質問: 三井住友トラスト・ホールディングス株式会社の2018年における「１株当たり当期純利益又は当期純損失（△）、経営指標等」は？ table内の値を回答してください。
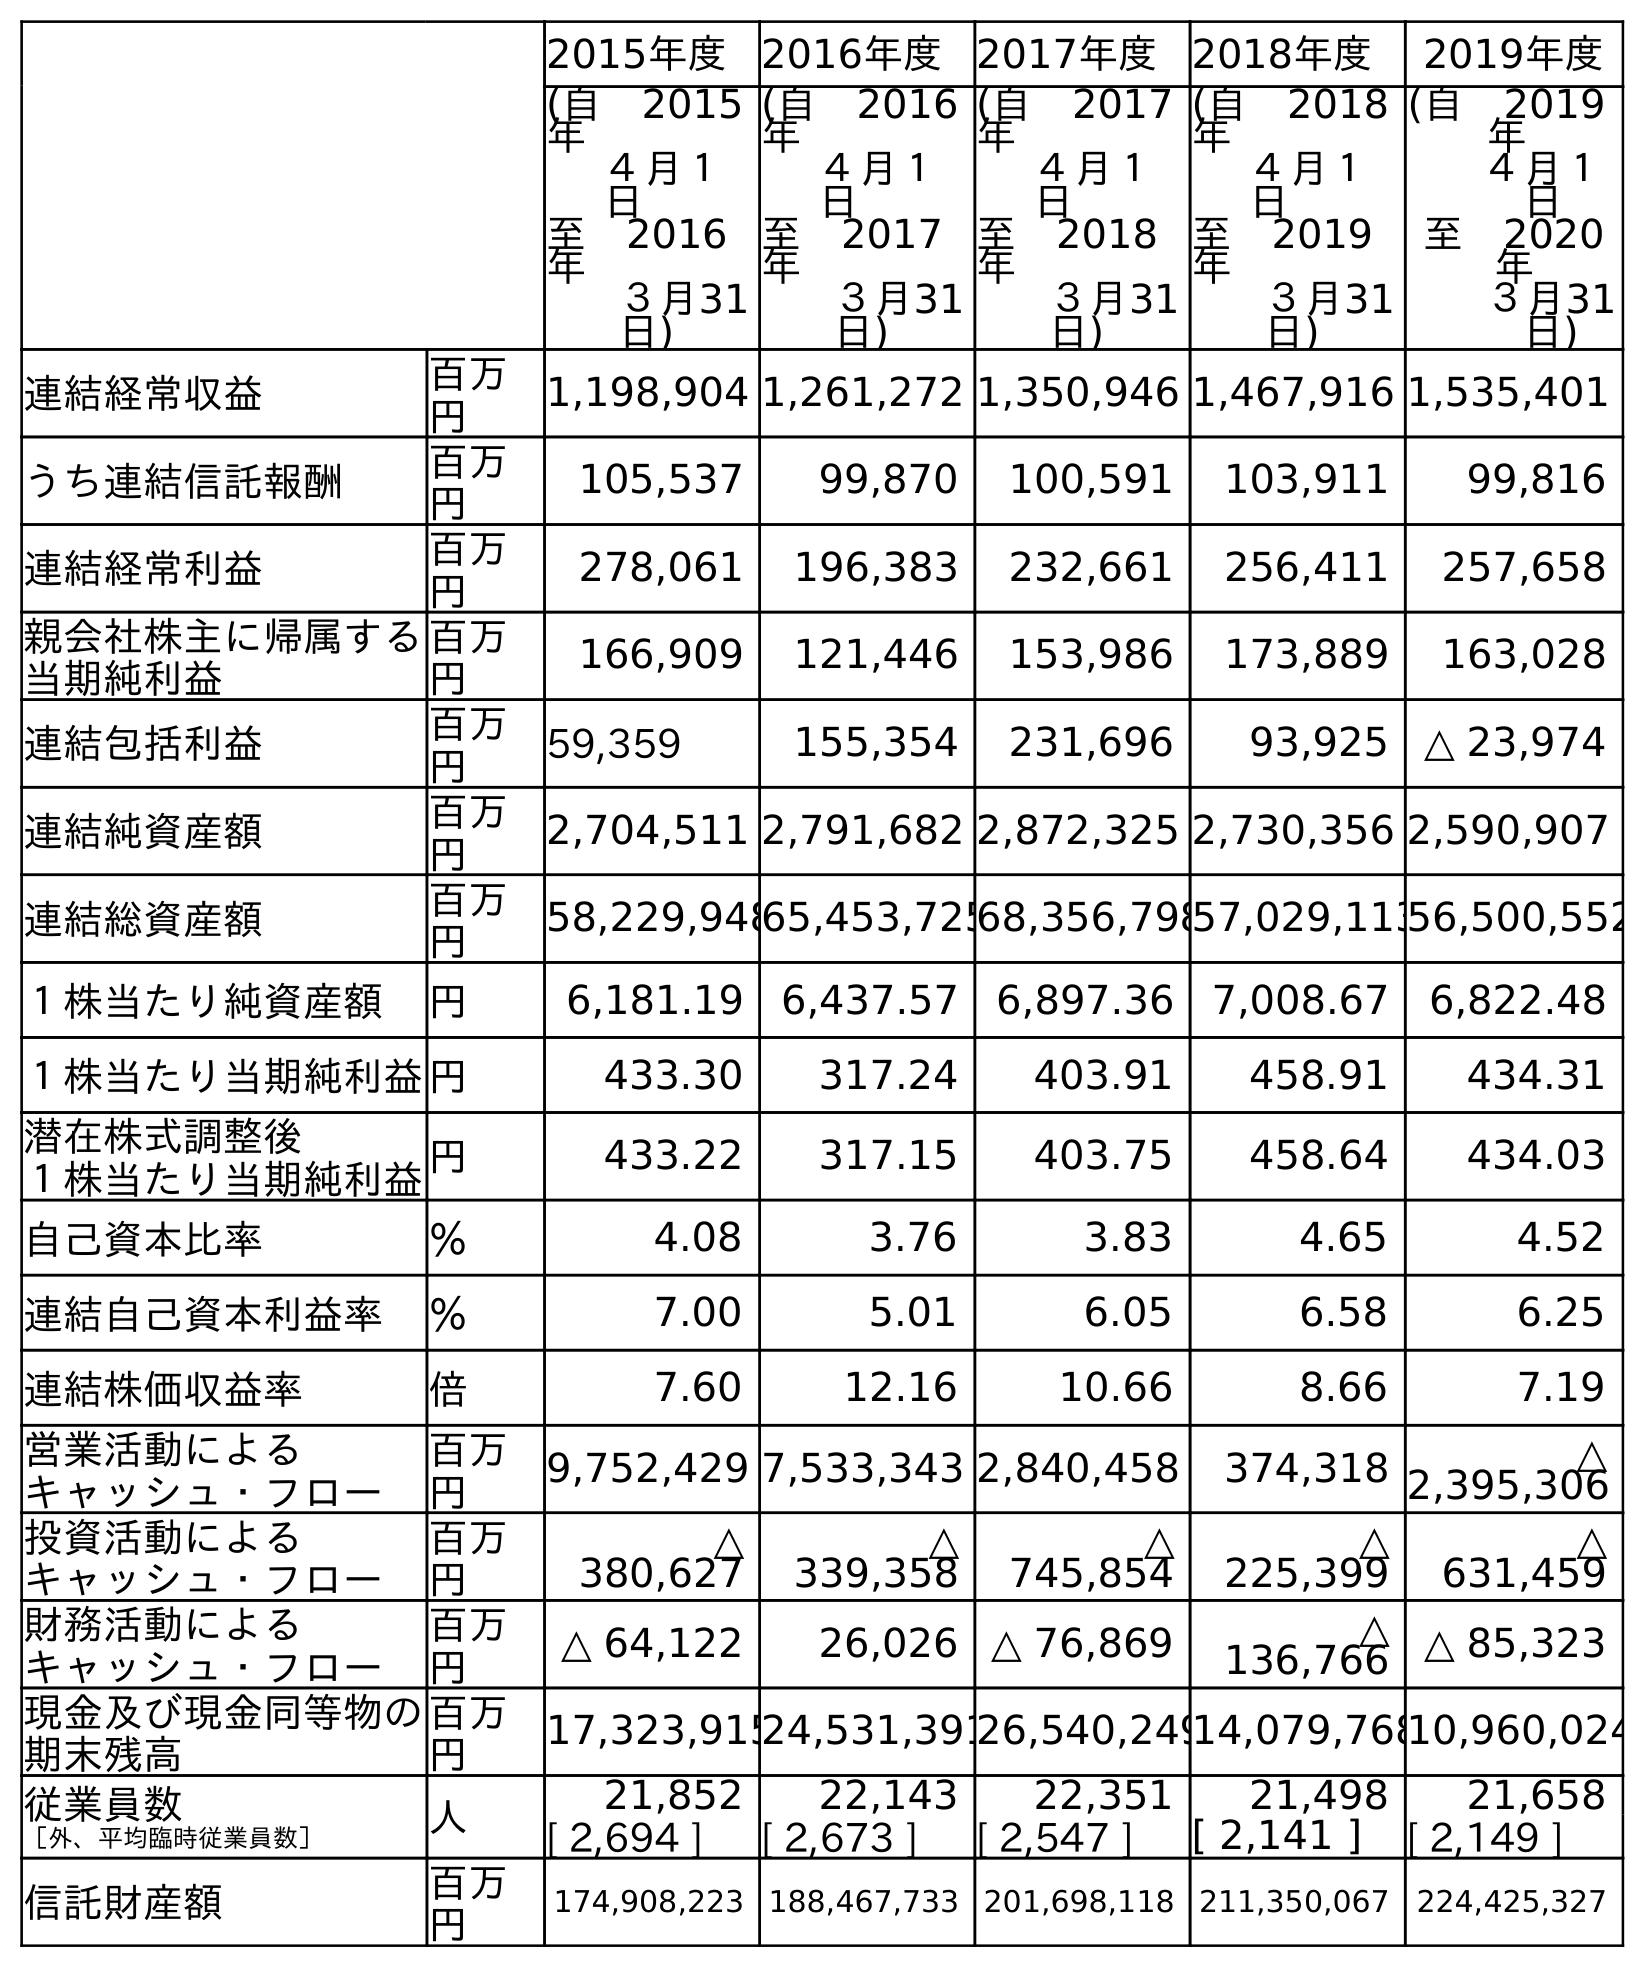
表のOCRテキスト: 2015年度 2016年度 2017年度 2018年度 2019年度 (自 2015 年 ４月１ 日 至 2016 年 ３月31 日) (自 2016 年 ４月１ 日 至 2017 年 ３月31 日) (自 2017 年 ４月１ 日 至 2018 年 ３月31 日) (自 2018 年 ４月１ 日 至 2019 年 ３月31 日) (自 2019 年 ４月１ 日 至 2020 年 ３月31 日) 連結経常収益 百万 円 1,198,904 1,261,272 1,350,946 1,467,916 1,535,401 うち連結信託報酬 百万 円 105,537 99,870 100,591 103,911 99,816 連結経常利益 百万 円 278,061 196,383 232,661 256,411 257,658 親会社株主に帰属する 当期純利益 百万 円 166,909 121,446 153,986 173,889 163,028 連結包括利益 百万 円 59,359 155,354 231,696 93,925 △ 23,974 連結純資産額 百万 円 2,704,511 2,791,682 2,872,325 2,730,356 2,590,907 連結総資産額 百万 円 58,229,94865,453,72568,356,79857,029,11356,500,552 １株当たり純資産額 円 6,181.19 6,437.57 6,897.36 7,008.67 6,822.48 １株当たり当期純利益円 433.30 317.24 403.91 458.91 434.31 潜在株式調整後 １株当たり当期純利益円 433.22 317.15 403.75 458.64 434.03 自己資本比率 ％ 4.08 3.76 3.83 4.65 4.52 連結自己資本利益率 ％ 7.00 5.01 6.05 6.58 6.25 連結株価収益率 倍 7.60 12.16 10.66 8.66 7.19 営業活動による キャッシュ・フロー 百万 円 9,752,429 7,533,343 2,840,458 374,318 △ 2,395,306 投資活動による キャッシュ・フロー 百万 円 △ 380,627 △ 339,358 △ 745,854 △ 225,399 △ 631,459 財務活動による キャッシュ・フロー 百万 円 △ 64,122 26,026 △ 76,869 △ 136,766 △ 85,323 現金及び現金同等物の 期末残高 百万 円 17,323,91524,531,39126,540,24914,079,76810,960,024 従業員数 ［外、平均臨時従業員数］ 人 21,852 22,143 22,351 21,498 21,658 [ 2,694 ] [ 2,673 ] [ 2,547 ] [ 2,141 ] [ 2,149 ] 信託財産額 百万 円 174,908,223 188,467,733 201,698,118 211,350,067 224,425,327
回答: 403.91